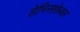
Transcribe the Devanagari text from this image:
हेमिसफ़ेयर